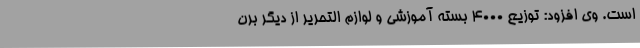
است. وی افزود: توزیع 4000 بسته آموزشی و لوازم التحریر از دیگر برن